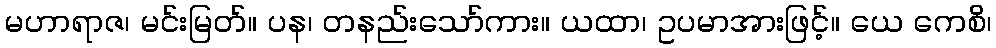
မဟာရာဇ၊ မင်းမြတ်။ ပန၊ တနည်းသော်ကား။ ယထာ၊ ဥပမာအားဖြင့်။ ယေ ကေစိ၊